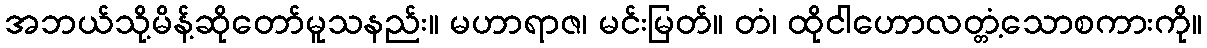
အဘယ်သို့မိန့်ဆိုတော်မူသနည်း။ မဟာရာဇ၊ မင်းမြတ်။ တံ၊ ထိုငါဟောလတ္တံ့သောစကားကို။